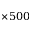
\times 5 0 0